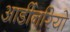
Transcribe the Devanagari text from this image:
आर्डीनरियो